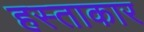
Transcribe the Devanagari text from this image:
हस्ताकार